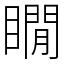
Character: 瞯